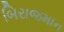
બિરાજમાન